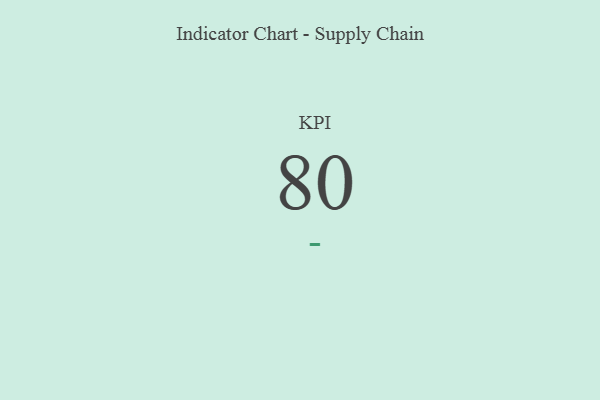
{"axis": {"x": "KPI", "y": "Value"}, "legend": [""], "data": [{"x": "KPI", "y": 80, "type": ""}]}